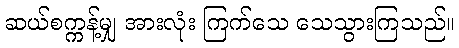
ဆယ်စက္ကန့်မျှ အားလုံး ကြက်သေ သေသွားကြသည်။